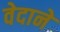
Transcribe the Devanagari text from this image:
वेदाने